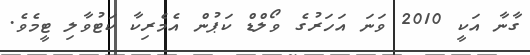
ގާނާ އަކީ 2010 ވަނަ އަހަރުގެ ވޯލްޑް ކަޕުން އެމެރިކާ ކަޓުވާލި ޓީމެވެ.